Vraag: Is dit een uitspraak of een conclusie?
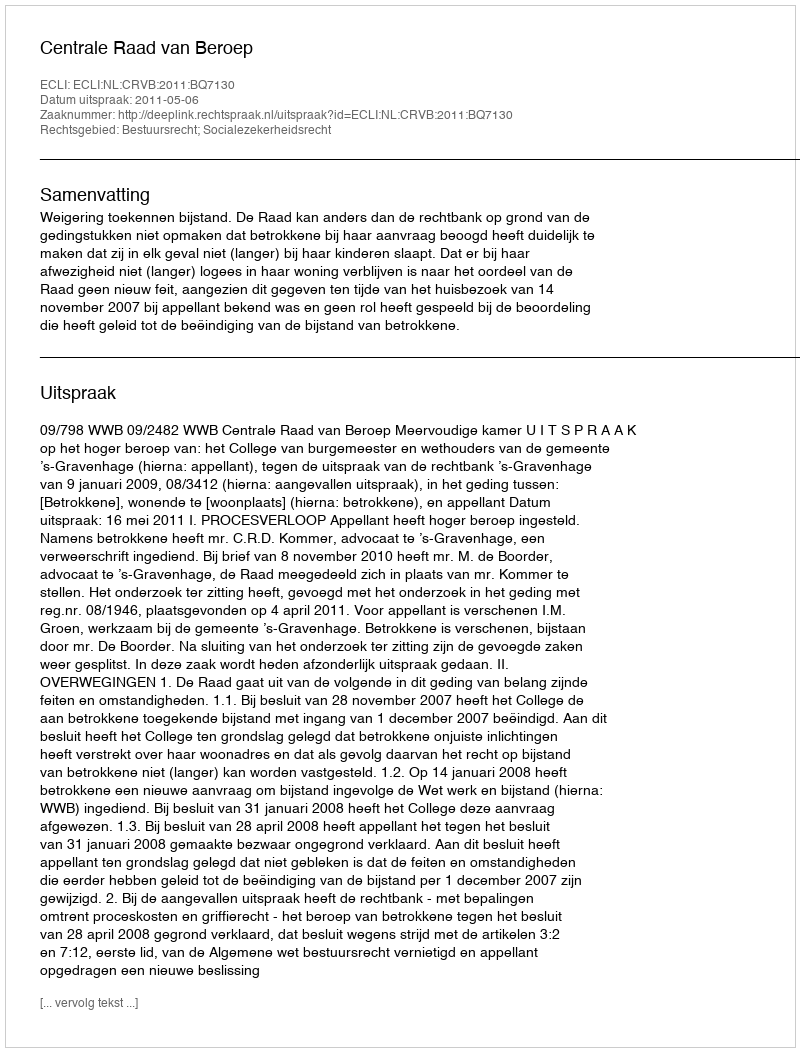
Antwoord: Uitspraak